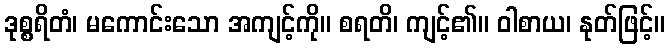
ဒုစ္စရိတံ၊ မကောင်းသော အကျင့်ကို။ စရတိ၊ ကျင့်၏။ ဝါစာယ၊ နုတ်ဖြင့်။